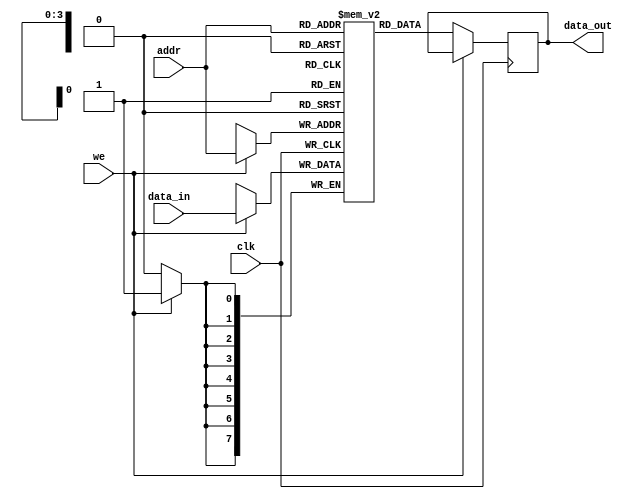
module single_port_ram #(
    parameter DATA_WIDTH = 8,   // Number of bits in each data word
    parameter ADDR_WIDTH = 4    // Number of address lines
)(
    input wire clk,              // Clock signal
    input wire we,               // Write enable signal
    input wire [ADDR_WIDTH-1:0] addr,   // Address input
    input wire [DATA_WIDTH-1:0] data_in, // Input data bus
    output reg [DATA_WIDTH-1:0] data_out  // Output data bus
);

    // Memory array declaration
    reg [DATA_WIDTH-1:0] ram_array [0:(1<<ADDR_WIDTH)-1];

    // Read and write operations
    always @(posedge clk) begin
        if (we) begin
            // Write operation
            ram_array[addr] <= data_in; // Write data to RAM
        end else begin
            // Read operation
            data_out <= ram_array[addr]; // Read data from RAM
        end
    end

    // Optional reset or initialization can be added here if needed

endmodule